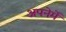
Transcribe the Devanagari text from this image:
अपनेमेँ